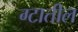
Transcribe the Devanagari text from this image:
ग्टातील